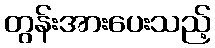
တွန်းအားပေးသည့်